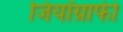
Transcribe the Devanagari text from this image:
जियॉग्राफी